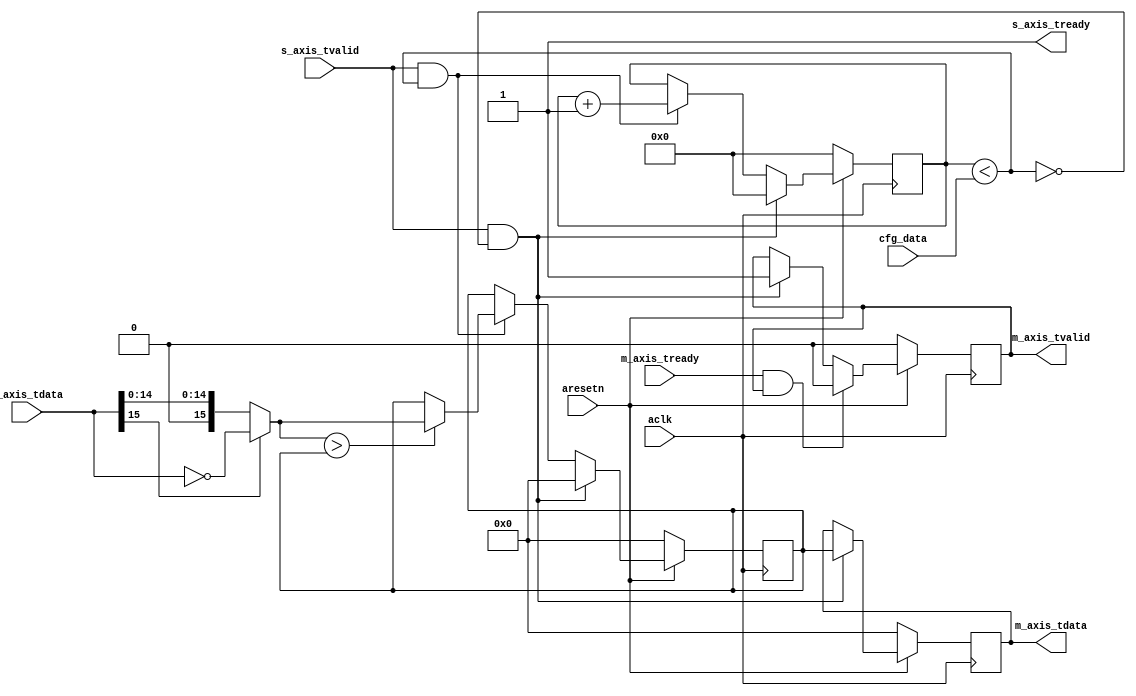
module axis_maxabs_finder #
(
  parameter integer AXIS_TDATA_WIDTH = 16,
  parameter integer CNTR_WIDTH = 32
)
(
  // System signals
  input  wire                        aclk,
  input  wire                        aresetn,

  input  wire [CNTR_WIDTH-1:0]       cfg_data,

  // Slave side
  output wire                        s_axis_tready,
  input  wire [AXIS_TDATA_WIDTH-1:0] s_axis_tdata,
  input  wire                        s_axis_tvalid,

  // Master side
  input  wire                        m_axis_tready,
  output wire [AXIS_TDATA_WIDTH-1:0] m_axis_tdata,
  output wire                        m_axis_tvalid
);

  reg [AXIS_TDATA_WIDTH-1:0] int_max_reg, int_max_next;
  reg [AXIS_TDATA_WIDTH-1:0] int_tdata_reg, int_tdata_next;
  reg [CNTR_WIDTH-1:0] int_cntr_reg, int_cntr_next;
  reg int_tvalid_reg, int_tvalid_next;

  wire [AXIS_TDATA_WIDTH-1:0] int_abs_wire;
  wire int_comp_wire;

  always @(posedge aclk)
  begin
    if(~aresetn)
    begin
      int_max_reg <= {(AXIS_TDATA_WIDTH){1'b0}};
      int_tdata_reg <= {(AXIS_TDATA_WIDTH){1'b0}};
      int_cntr_reg <= {(CNTR_WIDTH){1'b0}};
      int_tvalid_reg <= 1'b0;
    end
    else
    begin
      int_max_reg <= int_max_next;
      int_tdata_reg <= int_tdata_next;
      int_cntr_reg <= int_cntr_next;
      int_tvalid_reg <= int_tvalid_next;
    end
  end

  assign int_comp_wire = int_cntr_reg < cfg_data;
  assign int_abs_wire = s_axis_tdata[AXIS_TDATA_WIDTH-1] ? ~s_axis_tdata : s_axis_tdata;

  always @*
  begin
    int_max_next = int_max_reg;
    int_tdata_next = int_tdata_reg;
    int_cntr_next = int_cntr_reg;
    int_tvalid_next = int_tvalid_reg;

    if(s_axis_tvalid & int_comp_wire)
    begin
      int_max_next = int_abs_wire > int_max_reg ? int_abs_wire : int_max_reg;
      int_cntr_next = int_cntr_reg + 1'b1;
    end

    if(s_axis_tvalid & ~int_comp_wire)
    begin
      int_max_next = {(AXIS_TDATA_WIDTH){1'b0}};
      int_tdata_next = int_max_reg;
      int_cntr_next = {(CNTR_WIDTH){1'b0}};
      int_tvalid_next = 1'b1;
    end

    if(m_axis_tready & int_tvalid_reg)
    begin
      int_tvalid_next = 1'b0;
    end
  end

  assign s_axis_tready = 1'b1;
  assign m_axis_tdata = int_tdata_reg;
  assign m_axis_tvalid = int_tvalid_reg;

endmodule